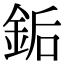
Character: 銗